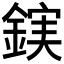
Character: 𮢖